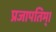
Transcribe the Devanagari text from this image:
प्रजापतिम्।